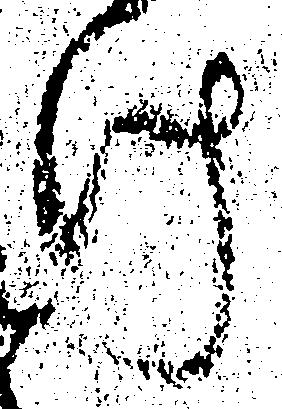
け